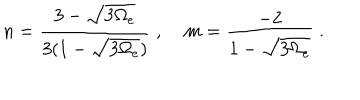
n = \frac { 3 - \sqrt { 3 \Omega _ { e } } } { 3 ( 1 - \sqrt { 3 \Omega _ { e } } ) } \; , \; m = \frac { - 2 } { 1 - \sqrt { 3 \Omega _ { e } } } \; .